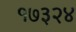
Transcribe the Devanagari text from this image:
१७३२४